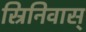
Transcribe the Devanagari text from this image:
स्रिनिवास्